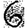
Digit: 6